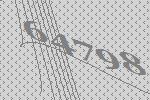
64798